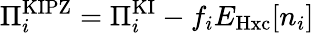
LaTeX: \Pi_{i}^{\mathrm{KIPZ}}=\Pi_{i}^{\mathrm{KI}}-f_{i}E_{\mathrm{Hxc}}[n_{i}]